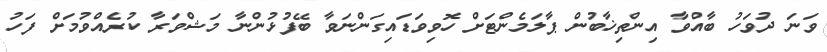
ވަނަ ދުވަހު ބާއްވާ އިންތިޚާބުން ޕާލަމެންޓަށް ހޮވިވަޑައިގަންނަވާ ބޭފުޅުންނާ މަޝްވަރާ ކުރެއްވުމަށް ފަހު